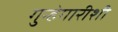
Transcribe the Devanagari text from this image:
गुन्हेगारीशी